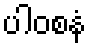
ပါဝစနံ